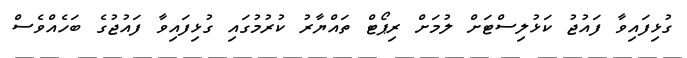
ގުޅިފައިވާ ފައުޖު ކަޅުލިސްޓަށް ލުމަށް ރިޕޯޓް ތައްޔާރު ކުރުމުގައި ގުޅިފައިވާ ފައުޖުގެ ބަހެއްވެސް